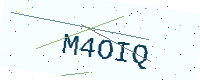
Text: M4OIQ